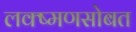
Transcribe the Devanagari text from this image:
लक्ष्मणसोबत